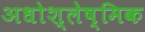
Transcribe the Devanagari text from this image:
अधोश्लेष्मिक